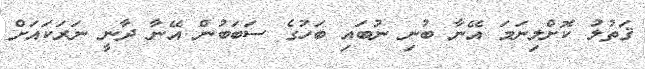
ޤަތުލު ކޮށްލިނަމަ އޭނާ ބުނި ނުބައި ބަހުގެ ސަބަބުން އޭނާ ދާނީ ނަރަކައަށް